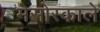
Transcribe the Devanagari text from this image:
मेसोस्काले